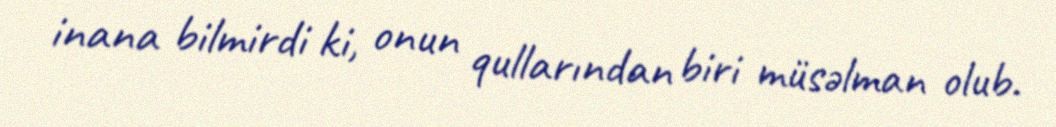
inana bilmirdi ki, onun qullarından biri müsəlman olub.